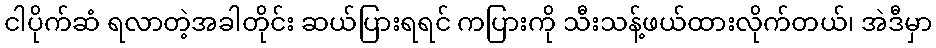
ငါပိုက်ဆံ ရလာတဲ့အခါတိုင်း ဆယ်ပြားရရင် ကပြားကို သီးသန့်ဖယ်ထားလိုက်တယ်၊ အဲဒီမှာ